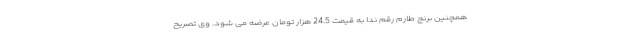
همچنین برنج طارم رقم ندا به قیمت 24.5 هزار تومان عرضه می شود. وی تصریح